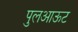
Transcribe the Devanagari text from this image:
पुलआऊट